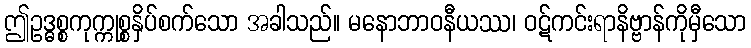
ဤဥဒ္ဓစ္စကုက္ကုစ္စနှိပ်စက်သော အခါသည်။ မနောဘာဝနီယဿ၊ ဝဋ်ကင်းရာနိဗ္ဗာန်ကိုမှီသော